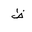
Letter: _za